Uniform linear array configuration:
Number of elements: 8
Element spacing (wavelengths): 1
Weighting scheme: hann
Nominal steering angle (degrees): -30
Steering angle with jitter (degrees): -31.094
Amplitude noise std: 0.05
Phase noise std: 0.05

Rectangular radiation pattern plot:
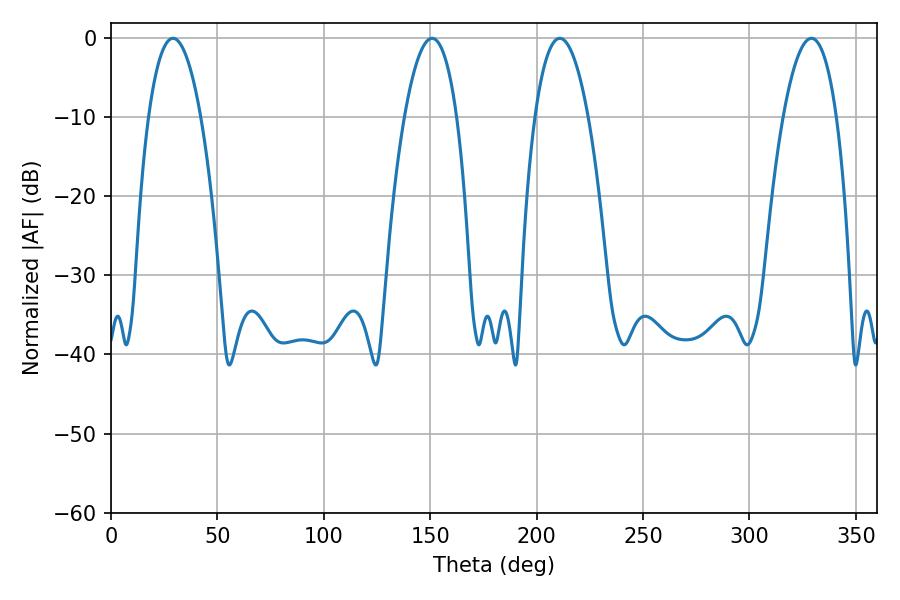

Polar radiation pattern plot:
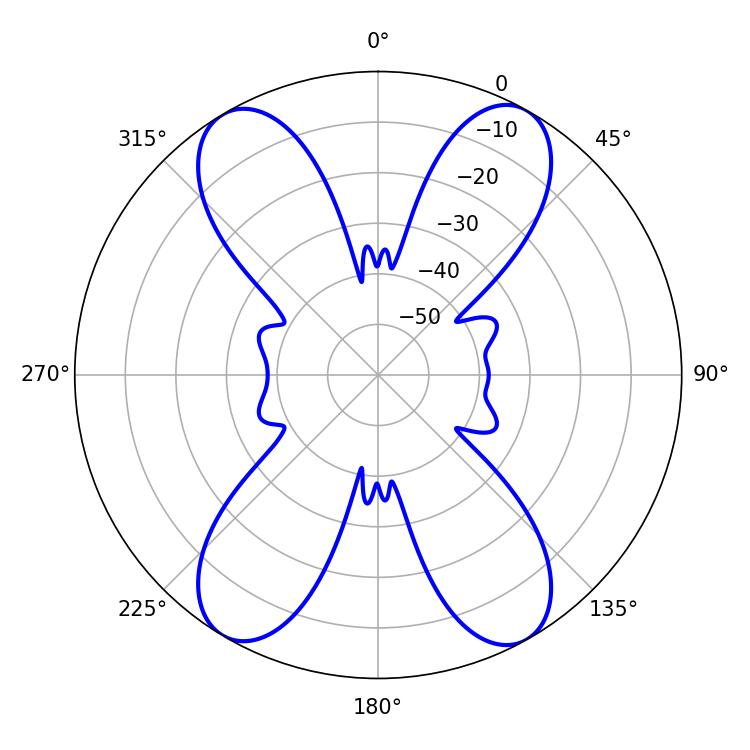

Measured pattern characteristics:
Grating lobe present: TRUE
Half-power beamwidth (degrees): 13.68
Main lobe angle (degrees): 29.16